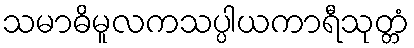
သမာဓိမူလကသပ္ပါယကာရီသုတ္တံ